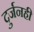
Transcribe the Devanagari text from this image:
दुर्जनही